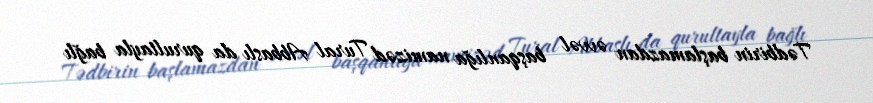
Tədbirin başlamazdan əvvəl başqanlığa namizəd Tural Abbaslı da qurultayla bağlı